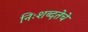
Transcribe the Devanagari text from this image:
निःशब्दतेचे